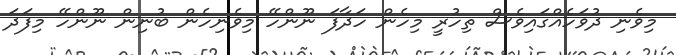
މިވެނި ދުވަހެއްގައިވެސް ތިހުރީ މިހެން ހަދާފަ ނޫންހޭ މިވެނިހެން ބުނިން ނޫންހޭ މިފަދަ